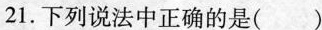
21.下列说法中正确的是()